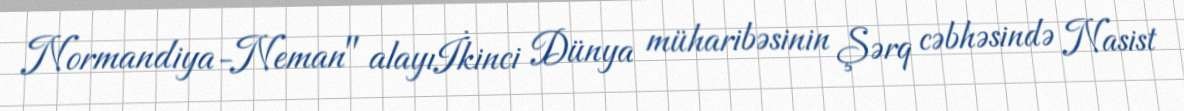
Normandiya-Neman" alayıİkinci Dünya müharibəsinin Şərq cəbhəsində Nasist